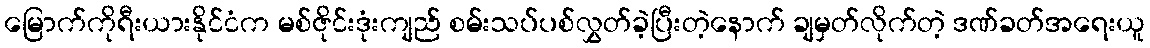
မြောက်ကိုရီးယားနိုင်ငံက မစ်ဇိုင်းဒုံးကျည် စမ်းသပ်ပစ်လွှတ်ခဲ့ပြီးတဲ့နောက် ချမှတ်လိုက်တဲ့ ဒဏ်ခတ်အရေးယူ